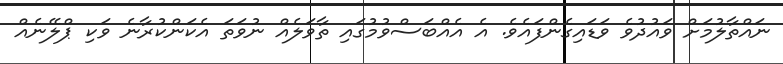
ނައްތާލުމަށް ވައުދުވެ ވަޑައިގެންފައެވެ. އެ އެއްބަސްވުމުގައި ތާވަލެއް ނުވަތަ އެކަންކުރާނެ ވަކި ޕްލޭނެއް